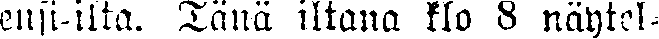
ensi-ilta. Tänä iltana klo 8 näytel-